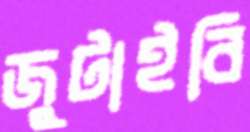
জুটাইবি